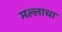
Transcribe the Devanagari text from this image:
मल्लाचा